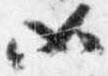
如